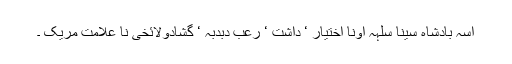
اسہ بادشاہ سینا سلہہ اونا اختیار ‘ داشت ‘ رعب دبدبہ ‘ گشادولائخی نا علامت مریک ۔